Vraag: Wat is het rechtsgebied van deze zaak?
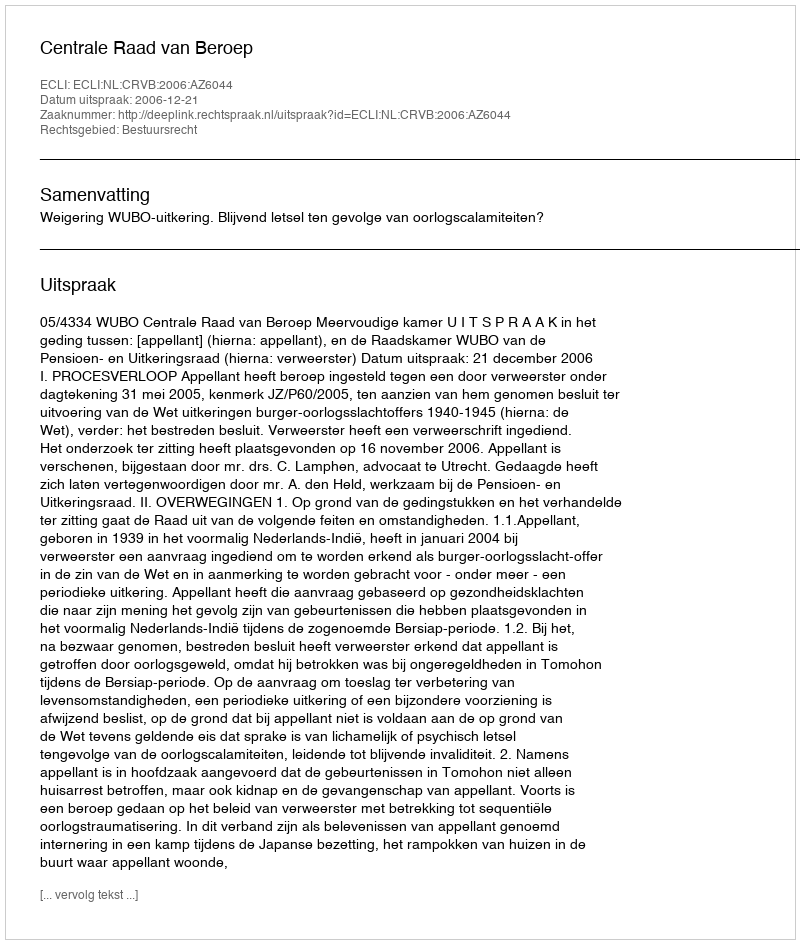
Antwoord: Bestuursrecht